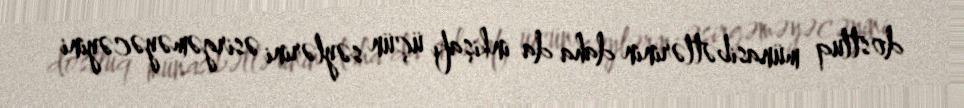
dostluq münasibətlərinin daha da inkişafı üçün səylərini əsirgəməyəcəyini